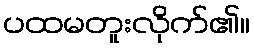
ပထမတူးလိုက်၏။